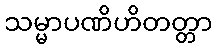
သမ္မာပဏိဟိတတ္တာ